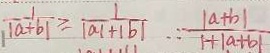
\frac { 1 } { \vert a + b \vert } \geq \frac { 1 } { \vert a \vert + \vert b \vert } \because \frac { \vert a + b \vert } { 1 + \vert a + b \vert }